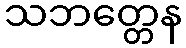
သဘတ္တေန